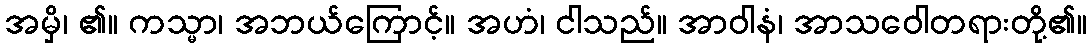
အမှိ၊ ၏။ ကသ္မာ၊ အဘယ်ကြောင့်။ အဟံ၊ ငါသည်။ အာဝါနံ၊ အာသဝေါတရားတို့၏။